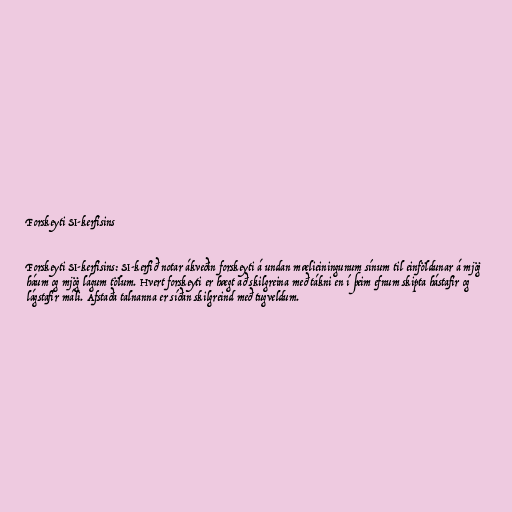
Forskeyti SI-kerfisins

Forskeyti SI-kerfisins: SI-kerfið notar ákveðin forskeyti á undan mælieiningunum sínum til einföldunar á mjög
háum og mjög lágum tölum. Hvert forskeyti er hægt að skilgreina með tákni en í þeim efnum skipta hástafir og
lágstafir máli. Afstaða talnanna er síðan skilgreind með tugveldum.